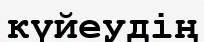
күйеудің